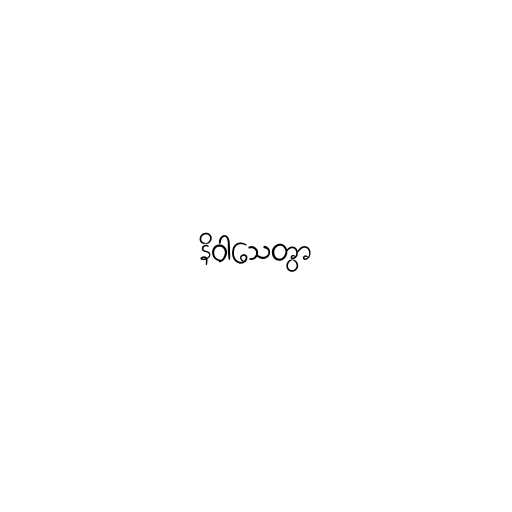
နိဝါသေတွာ